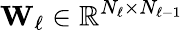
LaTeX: \mathbf{W}_{\ell}\in\mathbb{R}^{N_{\ell}\times N_{\ell-1}}